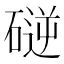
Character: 磀